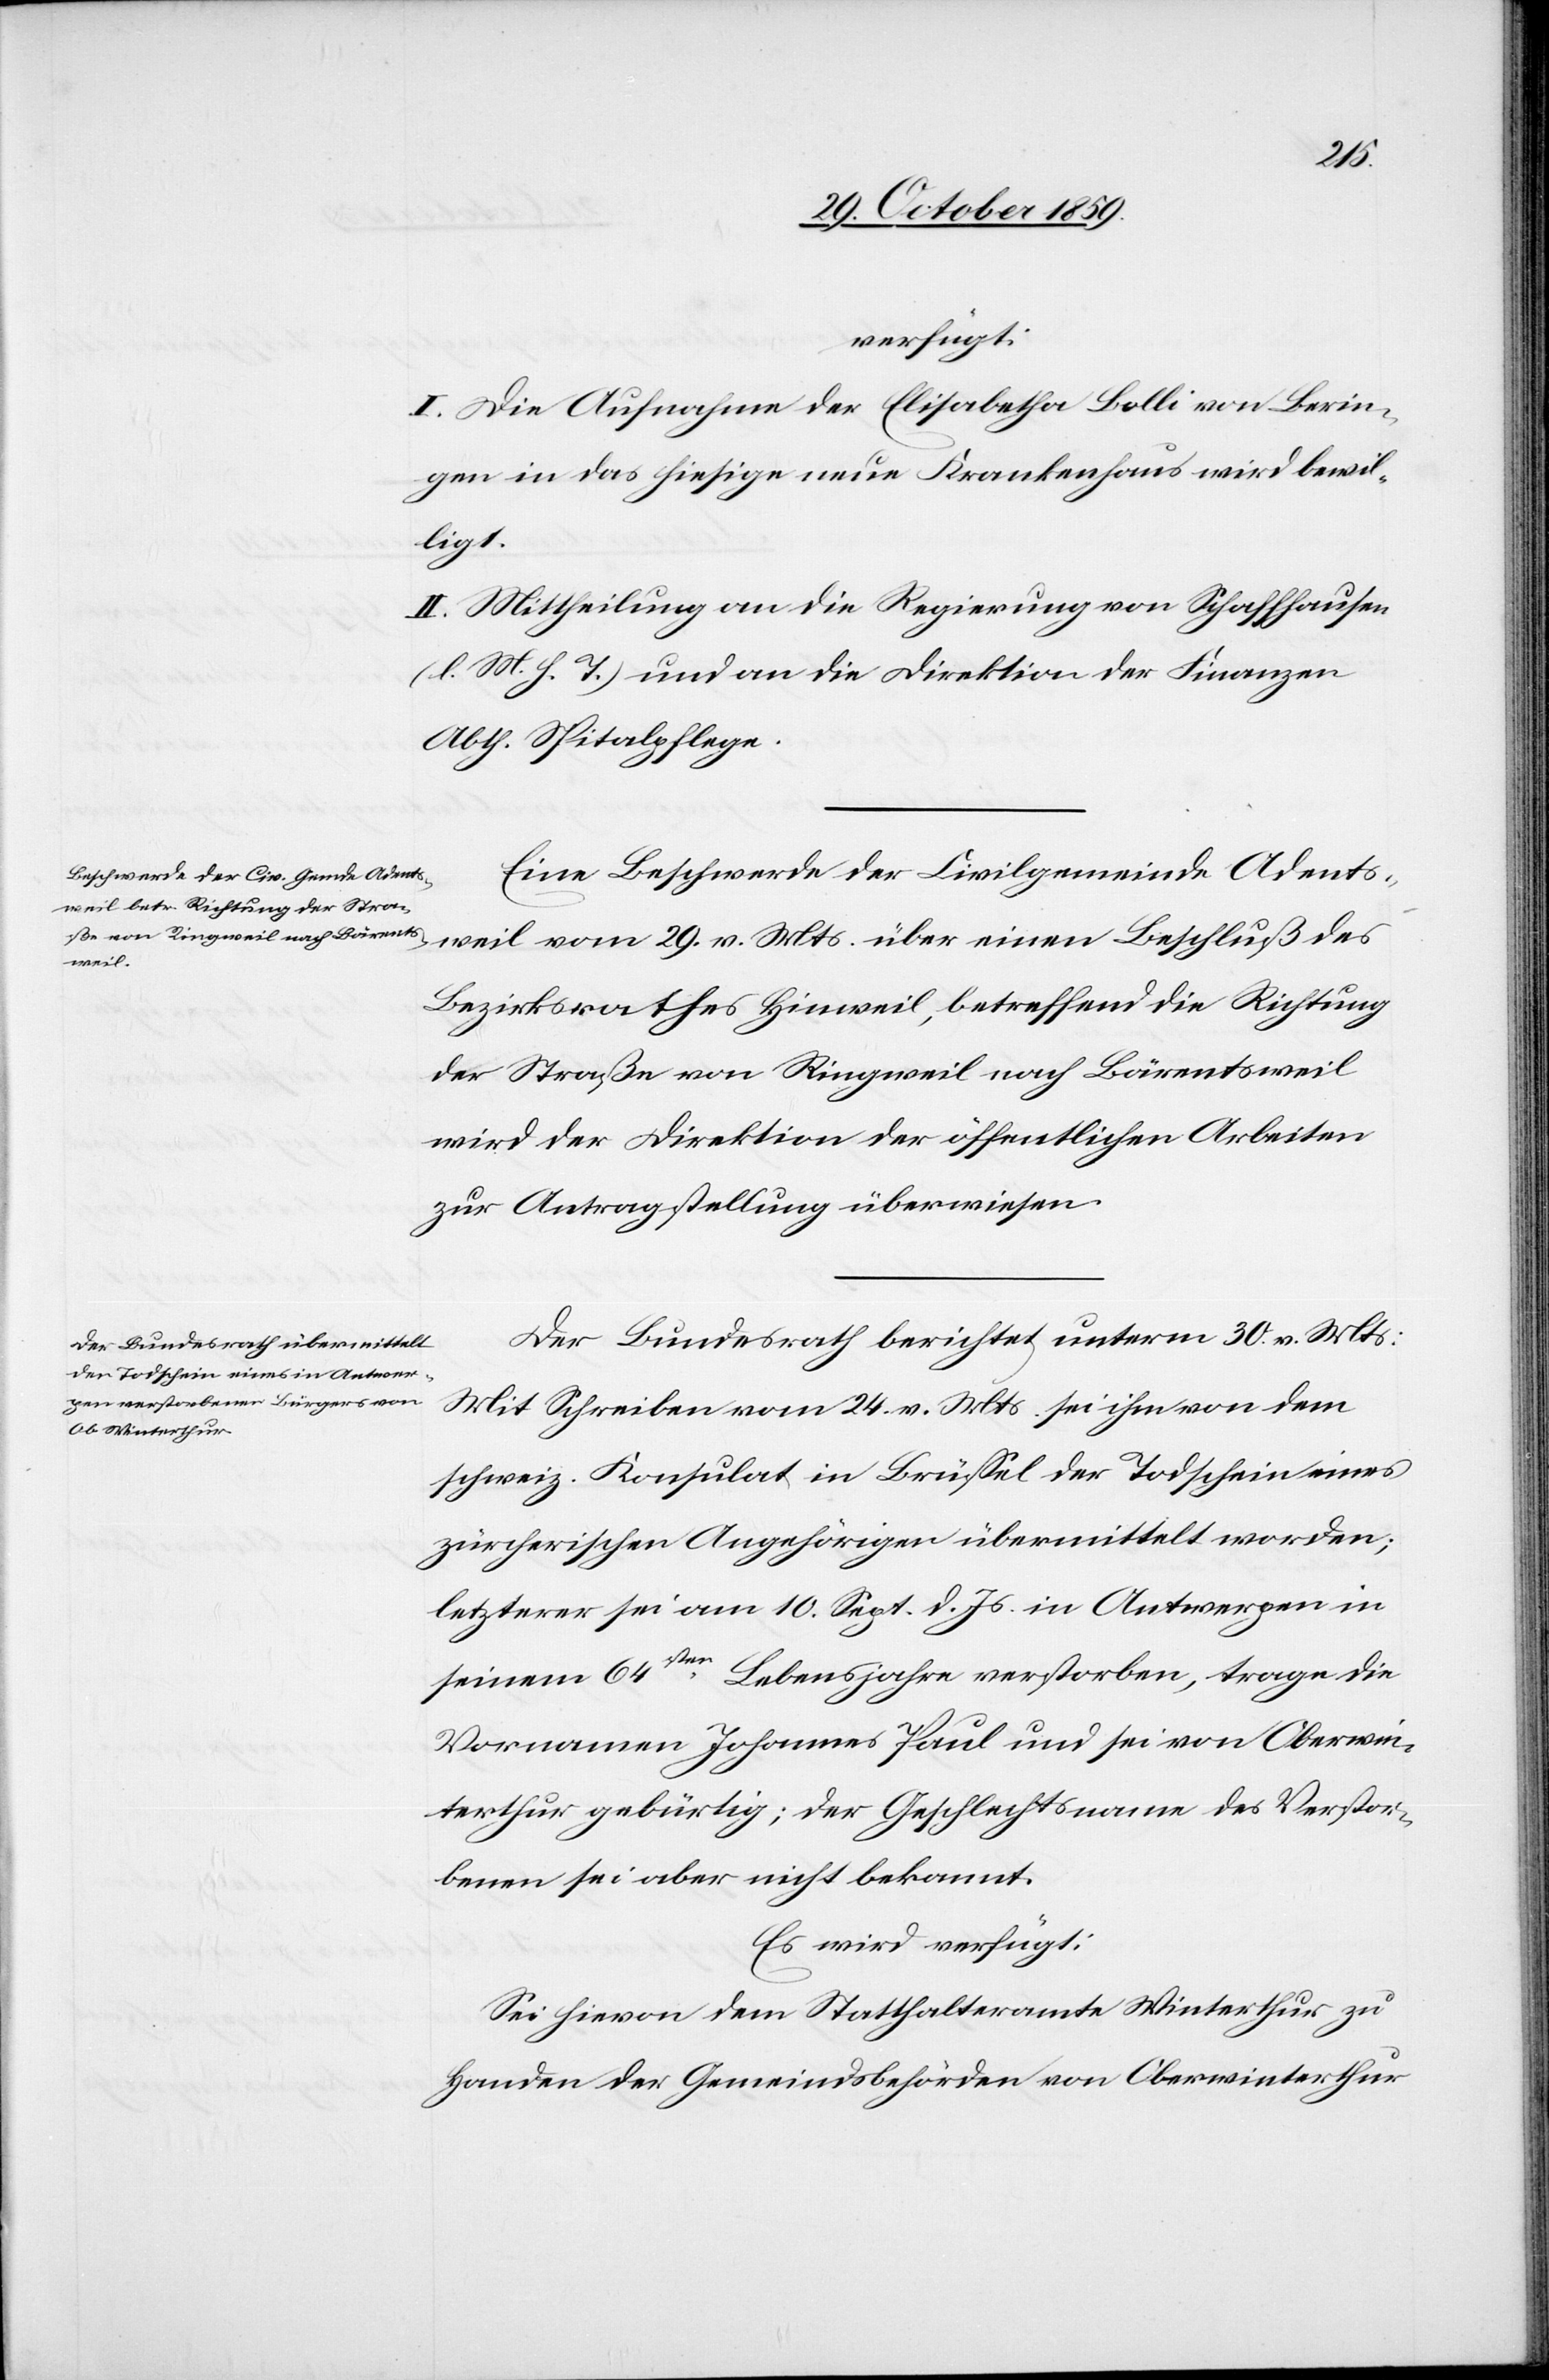
verfügt:
I. Die Aufnahme der Elisabetha Bolli von Berin¬
gen in das hiesige neue Krankenhaus wird bewil¬
ligt.
II. Mittheilung an die Regierung von Schaffhausen
(l. M. h. T.) und an die Direktion der Finanzen,
Abth. Spitalpflege.
Eine Beschwerde der Civilgemeinde Adents¬
weil vom 29. v. Mts. über einen Beschluß des
Bezirksrathes Hinweil, betreffend die Richtung
der Straße von Ringweil nach Bärentsweil
wird der Direktion der öffentlichen Arbeiten
zur Antragstellung überwiesen.
Der Bundesrath berichtet unterm 30. v. Mts:
Mit Schreiben vom 24. v. Mts. sei ihm von dem
schweiz. Konsulat in Brüssel der Todschein eines
zürcherischen Angehörigen übermittelt worden;
letzterer sei am 10. Sept. d. Js. in Antwerpen in
seinem 64sten Lebensjahre verstorben, trage die
Vornamen Johannes Paul und sei von Oberwin¬
terthur gebürtig; der Geschlechtsname des Verstor¬
benen sei aber nicht bekannt.
Es wird verfügt:
Sei hievon dem Statthalteramte Winterthur zu
Handen der Gemeindsbehörde von Oberwinterthur